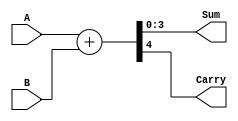
module four_bit_adder(
    input [3:0] A,
    input [3:0] B,
    output [3:0] Sum,
    output Carry
);

assign {Carry, Sum} = A + B;

endmodule